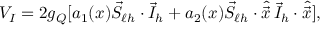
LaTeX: V _ { I } = 2 g _ { Q } [ a _ { 1 } ( x ) \vec { S } _ { \ell h } \cdot \vec { I } _ { h } + a _ { 2 } ( x ) \vec { S } _ { \ell h } \cdot \hat { \vec { x } } \, \vec { I } _ { h } \cdot \hat { \vec { x } } ] ,